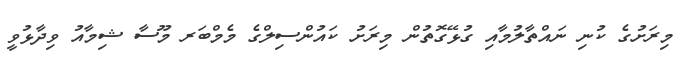
މިރަށުގެ ކުނި ނައްތާލުމާއި ގުޅޭގޮތުން މިރަށު ކައުންސިލްގެ މެމްބަރ މޫސާ ޝިމާއު ވިދާޅުވީ